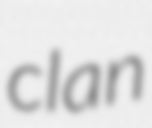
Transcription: clan